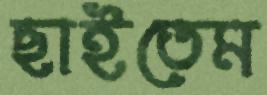
ছাইতেম